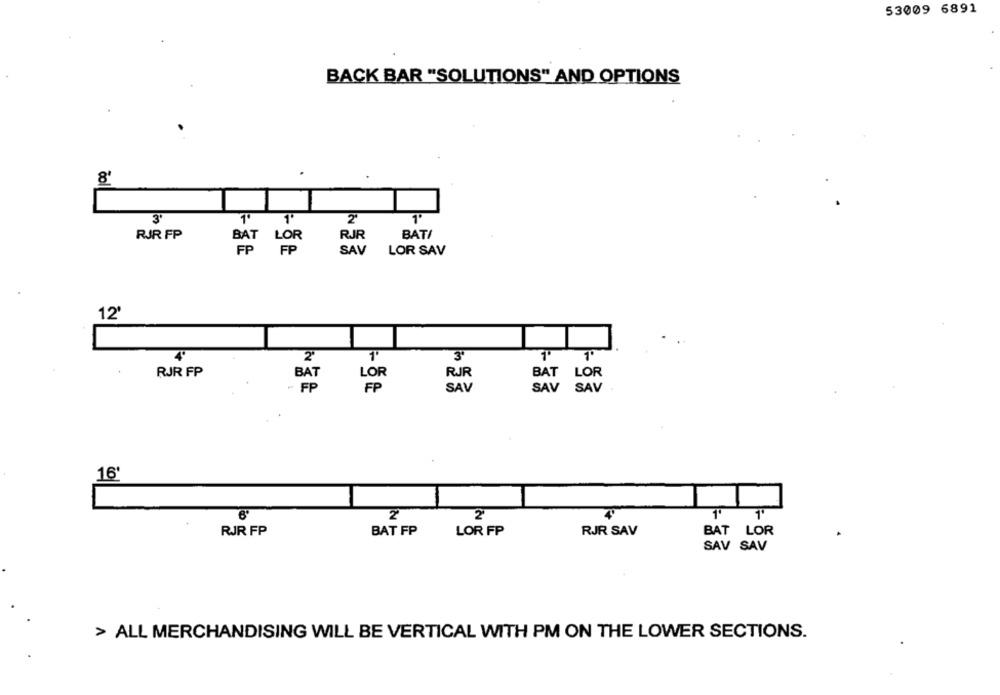
53009 6891
BACK BAR "SOLUTIONS" AND OPTIONS
8'
1º
2'
BATI
RJR FP
BAT
LOR
RJR
FP
SAV
LOR SAV
12
1'
2'
RJR FP
BAT
LOR
RJR
BAT LOR
- FP
F
SAV
SAV
SAV
16'
2
RJR FP
BAT FP
LOR FP
RJR SAV
BAT
LOR
SAV SAV
> ALL MERCHANDISING WILL BE VERTICAL WITH PM ON THE LOWER SECTIONS.